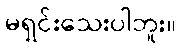
မရှင်းသေးပါဘူး။